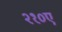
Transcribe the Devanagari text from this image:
२१०ए